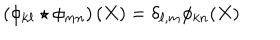
\left( \phi _ { k \ell } \star \phi _ { m n } \right) ( X ) = \delta _ { \ell , m } \phi _ { k n } ( X )